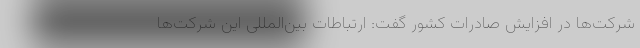
شرکت‌ها در افزایش صادرات کشور گفت: ارتباطات بین‌المللی این شرکت‌ها